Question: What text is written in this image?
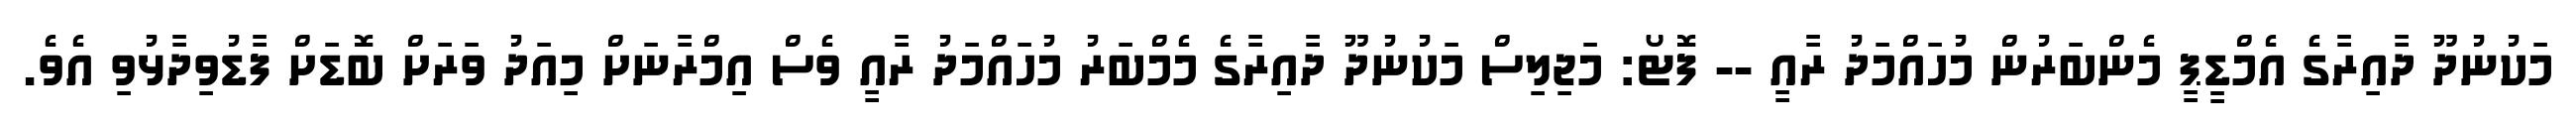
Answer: މަކުނުދޫ ދާއިރާގެ އެމްޑީޕީ މެންބަރުން މުހައްމަދު ރާއީ -- ފޮޓޯ: މަޖިލިސް މަކުނުދޫ ދާއިރާގެ މެމްބަރު މުހައްމަދު ރާއީ ވެސް އިމްރާނަށް މިއަދު ވަރަށް ބޮޑަށް ފާޑުވިދާޅުވި އެވެ.